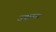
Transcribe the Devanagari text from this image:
उपलध